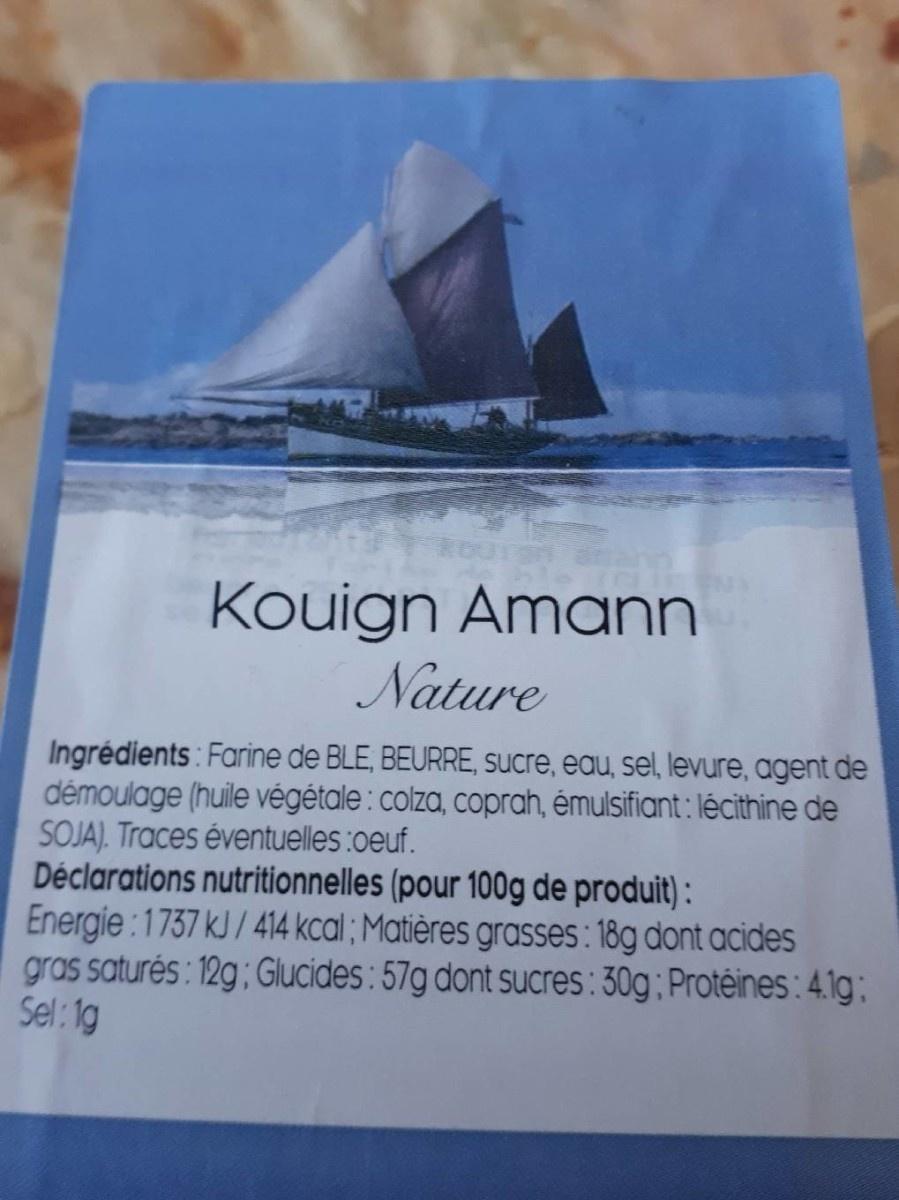
Kouign Amann Nature
Ingrédients: Farine de BLE, BEURRE, sucre, eau, sel, levure, agent de démoulage (huile végétale : colza, coprah, émulsifiant : lécithine de SOJA). Traces éventuelles :0euf. Déclarations nutritionnelles (pour 100g de produit) : Energie:1737 kJ /414 kcal ; Matières grasses : 18g dont acides gras saturés : 12g ; Glucides : 57g dont sucres: 30g ; Protéines:4.1g; Sel: 1g